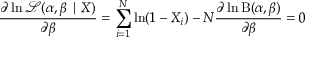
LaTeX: { \frac { \partial \ln { \mathcal { L } } ( \alpha , \beta \mid X ) } { \partial \beta } } = \sum _ { i = 1 } ^ { N } \ln ( 1 - X _ { i } ) - N { \frac { \partial \ln \mathrm { B } ( \alpha , \beta ) } { \partial \beta } } = 0